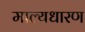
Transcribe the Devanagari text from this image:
माल्यधारण